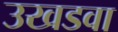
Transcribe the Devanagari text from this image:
उखडवा